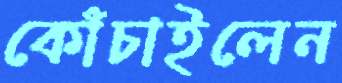
কোঁচাইলেন